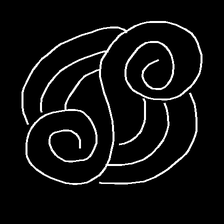
Glyph: wind-underfoot